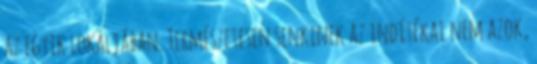
az egyik lokáljában. Természetesen senkinek az indítékai nem azok,